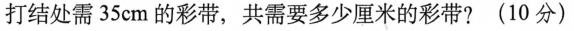
打结处需35cm的彩带，共需要多少厘米的彩带?(10分)